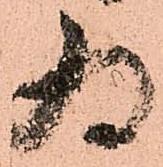
為